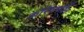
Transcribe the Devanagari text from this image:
कॉरेसपोंडेंस